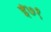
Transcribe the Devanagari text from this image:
ई७१